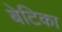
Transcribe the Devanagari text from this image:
बेटिका